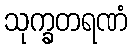
သုက္ခတရဏံ